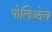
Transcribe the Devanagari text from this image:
पोलिओच